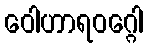
ဝေါဟာရဝဂ္ဂေါ